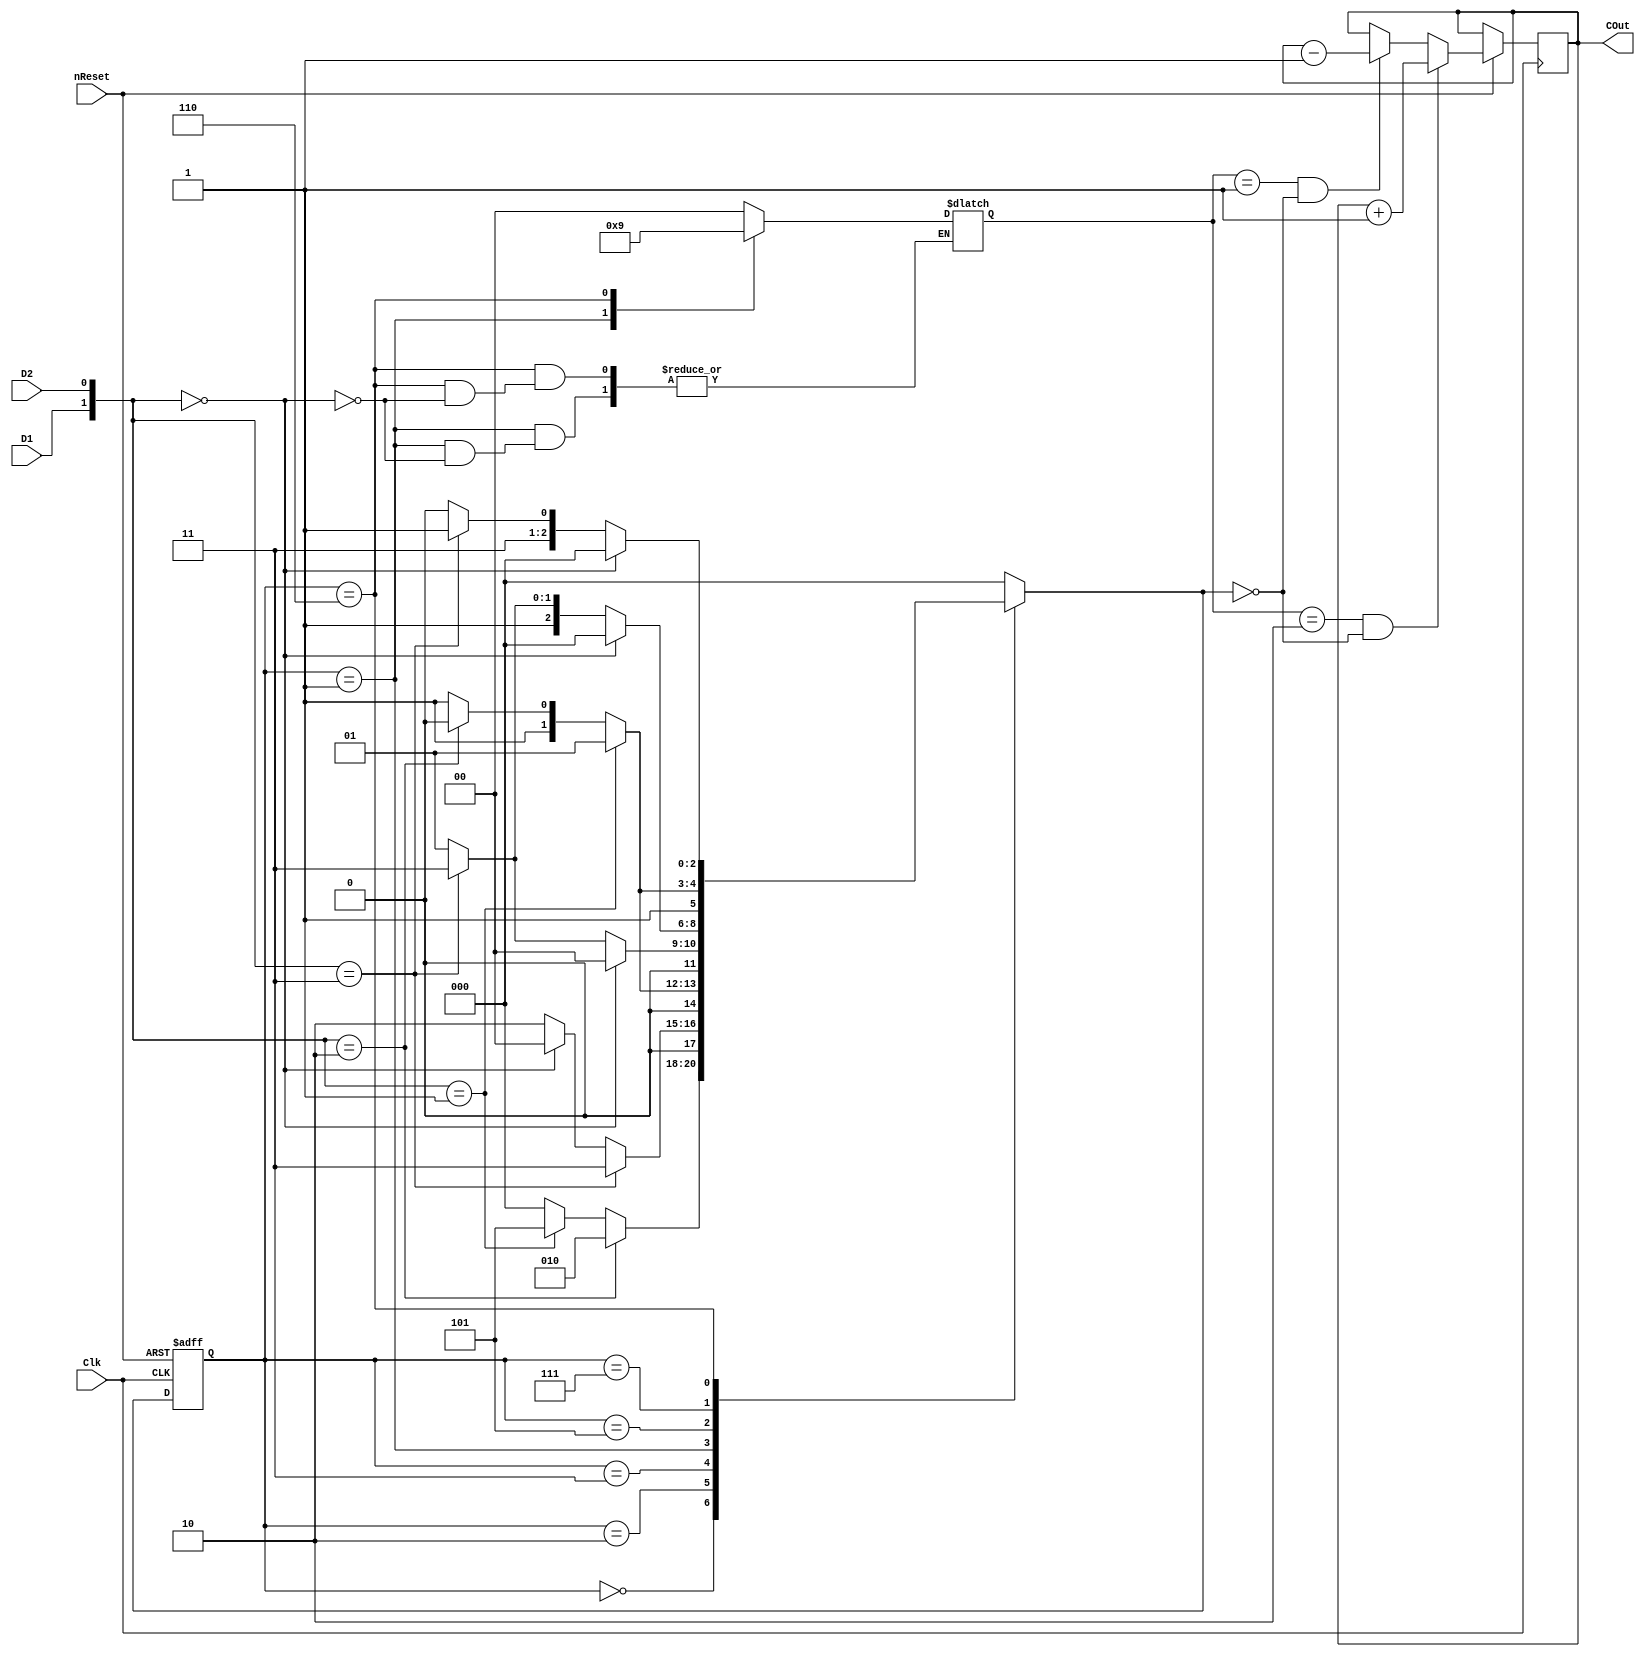
module Lab6(Clk,nReset,D1,D2,COut);

input Clk,nReset,D1,D2;
output [3:0]COut;
reg [3:0]Count;

wire [1:0]DState;
reg [2:0]CurState;
reg [2:0]NxtState;
reg [1:0]CountEn;
parameter S0=3'b000, S1=3'b010, S2=3'b011, S3=3'b001, S4=3'b101, S5=3'b111, S6=3'b110;
assign DState[1] = D1;
assign DState[0] = D2;

always@(posedge Clk or negedge nReset)
begin
	if(nReset==1'b0)
		CurState[2:0]<= S0;
	else
		begin
		CurState[2:0]<=NxtState[2:0];
			if(CountEn[1:0] == 2'b10 && NxtState[2:0] == S0 )
				Count[3:0] <= Count[3:0] + 4'd1;
			else if(CountEn[1:0] == 2'b01 && NxtState[2:0] == S0 )
				Count[3:0] <= Count[3:0] - 4'd1;
			else
				Count[3:0] <= Count[3:0];
		end
end

always @(DState or CurState or CountEn)
begin
case(CurState)
	S0:
	begin
	CountEn[1:0] = 2'b00;
		if(DState == 2'b10)
			NxtState[2:0] = S1;
		else if(DState == 2'b01)
			NxtState[2:0] = S4;
		else
			NxtState[2:0] = S0;
	end
	S1:
	begin
	CountEn[1:0] = 2'b00;
		if(DState == 2'b11)
			NxtState[2:0] = S2;
		else if(DState == 2'b00)
			NxtState[2:0] = S0;
		else
			NxtState[2:0] = S1;
	end
	S2:
	begin
	CountEn[1:0] = 2'b00;
		if(DState == 2'b01)
			NxtState[2:0] = S3;
		else if(DState == 2'b10)
			NxtState[2:0] = S1;
		else
			NxtState[2:0] = S2;
	end
	S3:
	begin
		if(DState == 2'b00)
			begin
			NxtState[2:0] = S0;
			CountEn[1:0] = 2'b10;
			end
		else if(DState == 2'b11)
			NxtState[2:0] = S2;
		else
			begin
			NxtState[2:0] = S3;
			end
	end
	
	S4:
	begin
	CountEn[1:0] = 2'b00;
		if(DState == 2'b00)
			NxtState[2:0] = S0;
		else if(DState == 2'b11)
			NxtState[2:0] = S5;
		else
			NxtState[2:0] = S4;
	end
	S5:
	begin
	CountEn[1:0] = 2'b00;
		if(DState == 2'b01)
			NxtState[2:0] = S4;
		else if(DState == 2'b10)
			NxtState[2:0] = S6;
		else
			NxtState[2:0] = S5;
	end
	S6:														//S6
	begin
		if(DState == 2'b00)
			begin
			NxtState[2:0] = S0;
			CountEn[1:0] = 2'b01;
			end
		else if(DState == 2'b11)
			NxtState[2:0] = S5;
		else
			begin
			NxtState[2:0] = S6;
			end
	end
	
	default:
		begin
		CountEn[1:0] = 2'b00;
		NxtState[2:0] = S0;
		end
endcase
end

assign COut[3:0] = Count[3:0];

endmodule